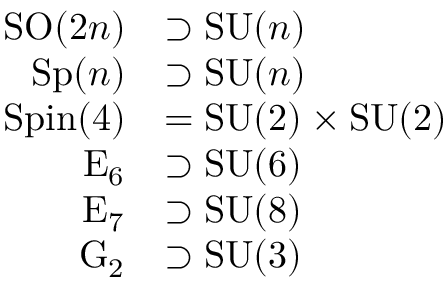
{ \begin{array} { r l } { \operatorname { S O } ( 2 n ) } & { \supset \operatorname { S U } ( n ) } \\ { \operatorname { S p } ( n ) } & { \supset \operatorname { S U } ( n ) } \\ { \operatorname { S p i n } ( 4 ) } & { = \operatorname { S U } ( 2 ) \times \operatorname { S U } ( 2 ) } \\ { \operatorname { E } _ { 6 } } & { \supset \operatorname { S U } ( 6 ) } \\ { \operatorname { E } _ { 7 } } & { \supset \operatorname { S U } ( 8 ) } \\ { \operatorname { G } _ { 2 } } & { \supset \operatorname { S U } ( 3 ) } \end{array} }